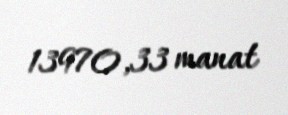
13970,33 manat